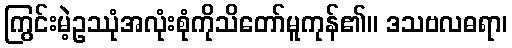
ကြွင်းမဲ့ဥဿုံအလုံးစုံကိုသိတော်မူကုန်၏။ ဒသဗလဓရာ၊